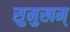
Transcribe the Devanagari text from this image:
सुमुखम्